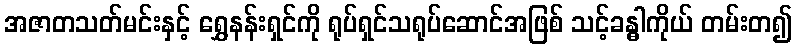
အဇာတသတ်မင်းနှင့် ရွှေနန်းရှင်ကို ရုပ်ရှင်သရုပ်ဆောင်အဖြစ် သင့်ခန္ဓါကိုယ် တမ်းတ၍